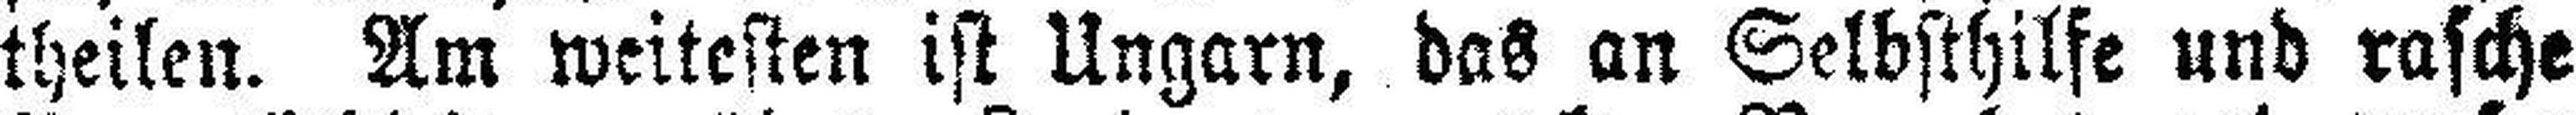
theilen. Am weitesten ist Ungarn, das an Selbsthilfe und rasche